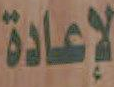
لإعادة